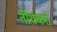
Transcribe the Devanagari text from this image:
र्तीथंकरों